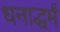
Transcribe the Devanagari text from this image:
धनाद्धर्मं